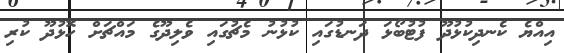
އިއްޔެ ކެނދިކުޅުދޫ ފުޓުބޯޅަ ދަނޑުގައި ކުޅުނު މެޗުގައި ވެލިދޫގެ މައްޗަށް ހޮޅުދޫ ކުރި